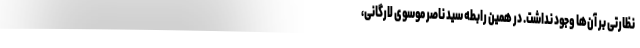
نظارتی بر آن‌ها وجود نداشت. در همین رابطه سید ناصر موسوی لارگانی،